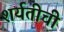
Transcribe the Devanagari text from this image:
शर्यतीची